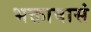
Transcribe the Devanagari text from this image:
भक्तावासं